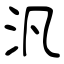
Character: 汎